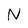
Character: N